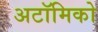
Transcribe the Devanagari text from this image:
अटॉमिको